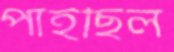
পাইছিল